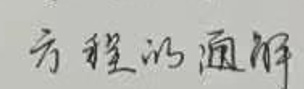
方程的通解